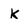
Character: k